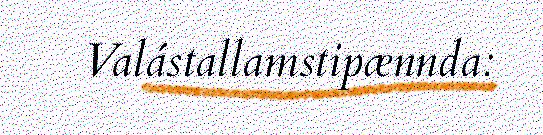
Valástallamstipænnda: